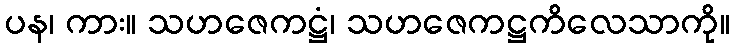
ပန၊ ကား။ သဟဇေကဋ္ဌံ၊ သဟဇေကဋ္ဌကိလေသာကို။